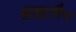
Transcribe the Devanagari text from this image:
ह्वाइटमैन